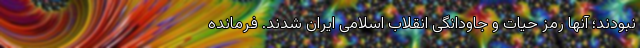
نبودند؛ آنها رمز حیات و جاودانگی انقلاب اسلامی ایران شدند. فرمانده